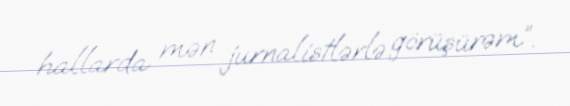
hallarda mən jurnalistlərlə görüşürəm”.